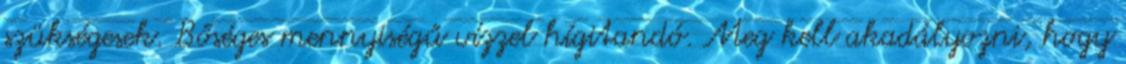
szükségesek. Bőséges mennyiségű vízzel hígitandó. Meg kell akadályozni, hogy